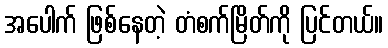
အပေါက် ဖြစ်နေတဲ့ တံစက်မြိတ်ကို ပြင်တယ်။